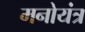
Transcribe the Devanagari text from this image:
मनोयंत्र